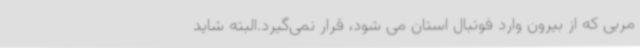
مربی که از بیرون وارد فوتبال استان می شود، قرار نمی‌گیرد.البته شاید